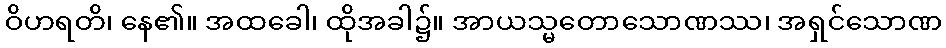
ဝိဟရတိ၊ နေ၏။ အထခေါ၊ ထိုအခါ၌။ အာယသ္မတောသောဏဿ၊ အရှင်သောဏ